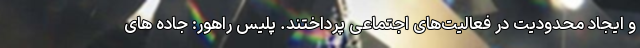
و ایجاد محدودیت در فعالیت‌های اجتماعی پرداختند. پلیس راهور: جاده های